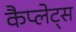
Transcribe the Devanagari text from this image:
कैप्लेट्स